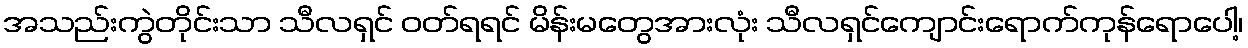
အသည်းကွဲတိုင်းသာ သီလရှင် ဝတ်ရရင် မိန်းမတွေအားလုံး သီလရှင်ကျောင်းရောက်ကုန်ရောပေါ့၊